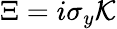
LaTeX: \Xi=i\sigma_{y}\mathcal{K}